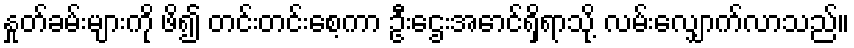
နှုတ်ခမ်းများကို ဖိ၍ တင်းတင်းစေ့ကာ ဦးဌေးအောင်ရှိရာသို့ လမ်းလျှောက်လာသည်။